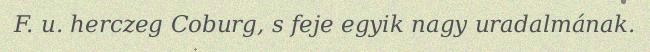
F. u. herczeg Coburg, s feje egyik nagy uradalmának.